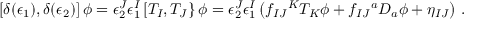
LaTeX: \left[ \delta ( \epsilon _ { 1 } ) , \delta ( \epsilon _ { 2 } ) \right] \phi = \epsilon _ { 2 } ^ { J } \epsilon _ { 1 } ^ { I } \left[ T _ { I } , T _ { J } \right\} \phi = \epsilon _ { 2 } ^ { J } \epsilon _ { 1 } ^ { I } \left( f _ { I J } { } ^ { K } T _ { K } \phi + f _ { I J } { } ^ { a } D _ { a } \phi + \eta _ { I J } \right) \, .